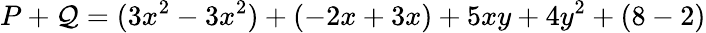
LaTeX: P+\mathcal{Q}=(3x^{2}-3x^{2})+(-2x+3x)+5xy+4y^{2}+(8-2)